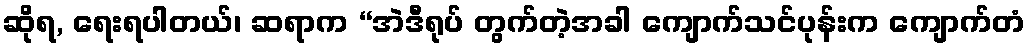
ဆိုရ, ရေးရပါတယ်၊ ဆရာက “အဲဒီရုပ် တွက်တဲ့အခါ ကျောက်သင်ပုန်းက ကျောက်တံ